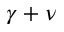
\gamma + \nu